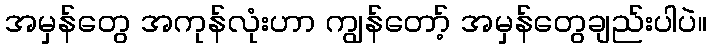
အမှန်တွေ အကုန်လုံးဟာ ကျွန်တော့် အမှန်တွေချည်းပါပဲ။